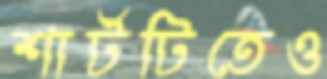
শার্টটিতেও